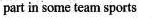
part in some team sports